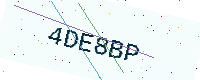
Text: 4DE8BP